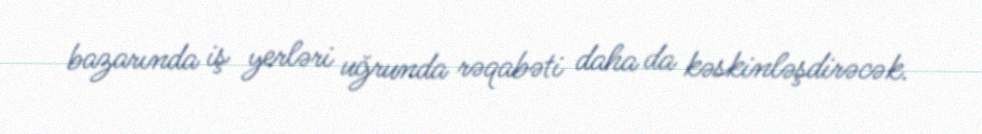
bazarında iş yerləri uğrunda rəqabəti daha da kəskinləşdirəcək.